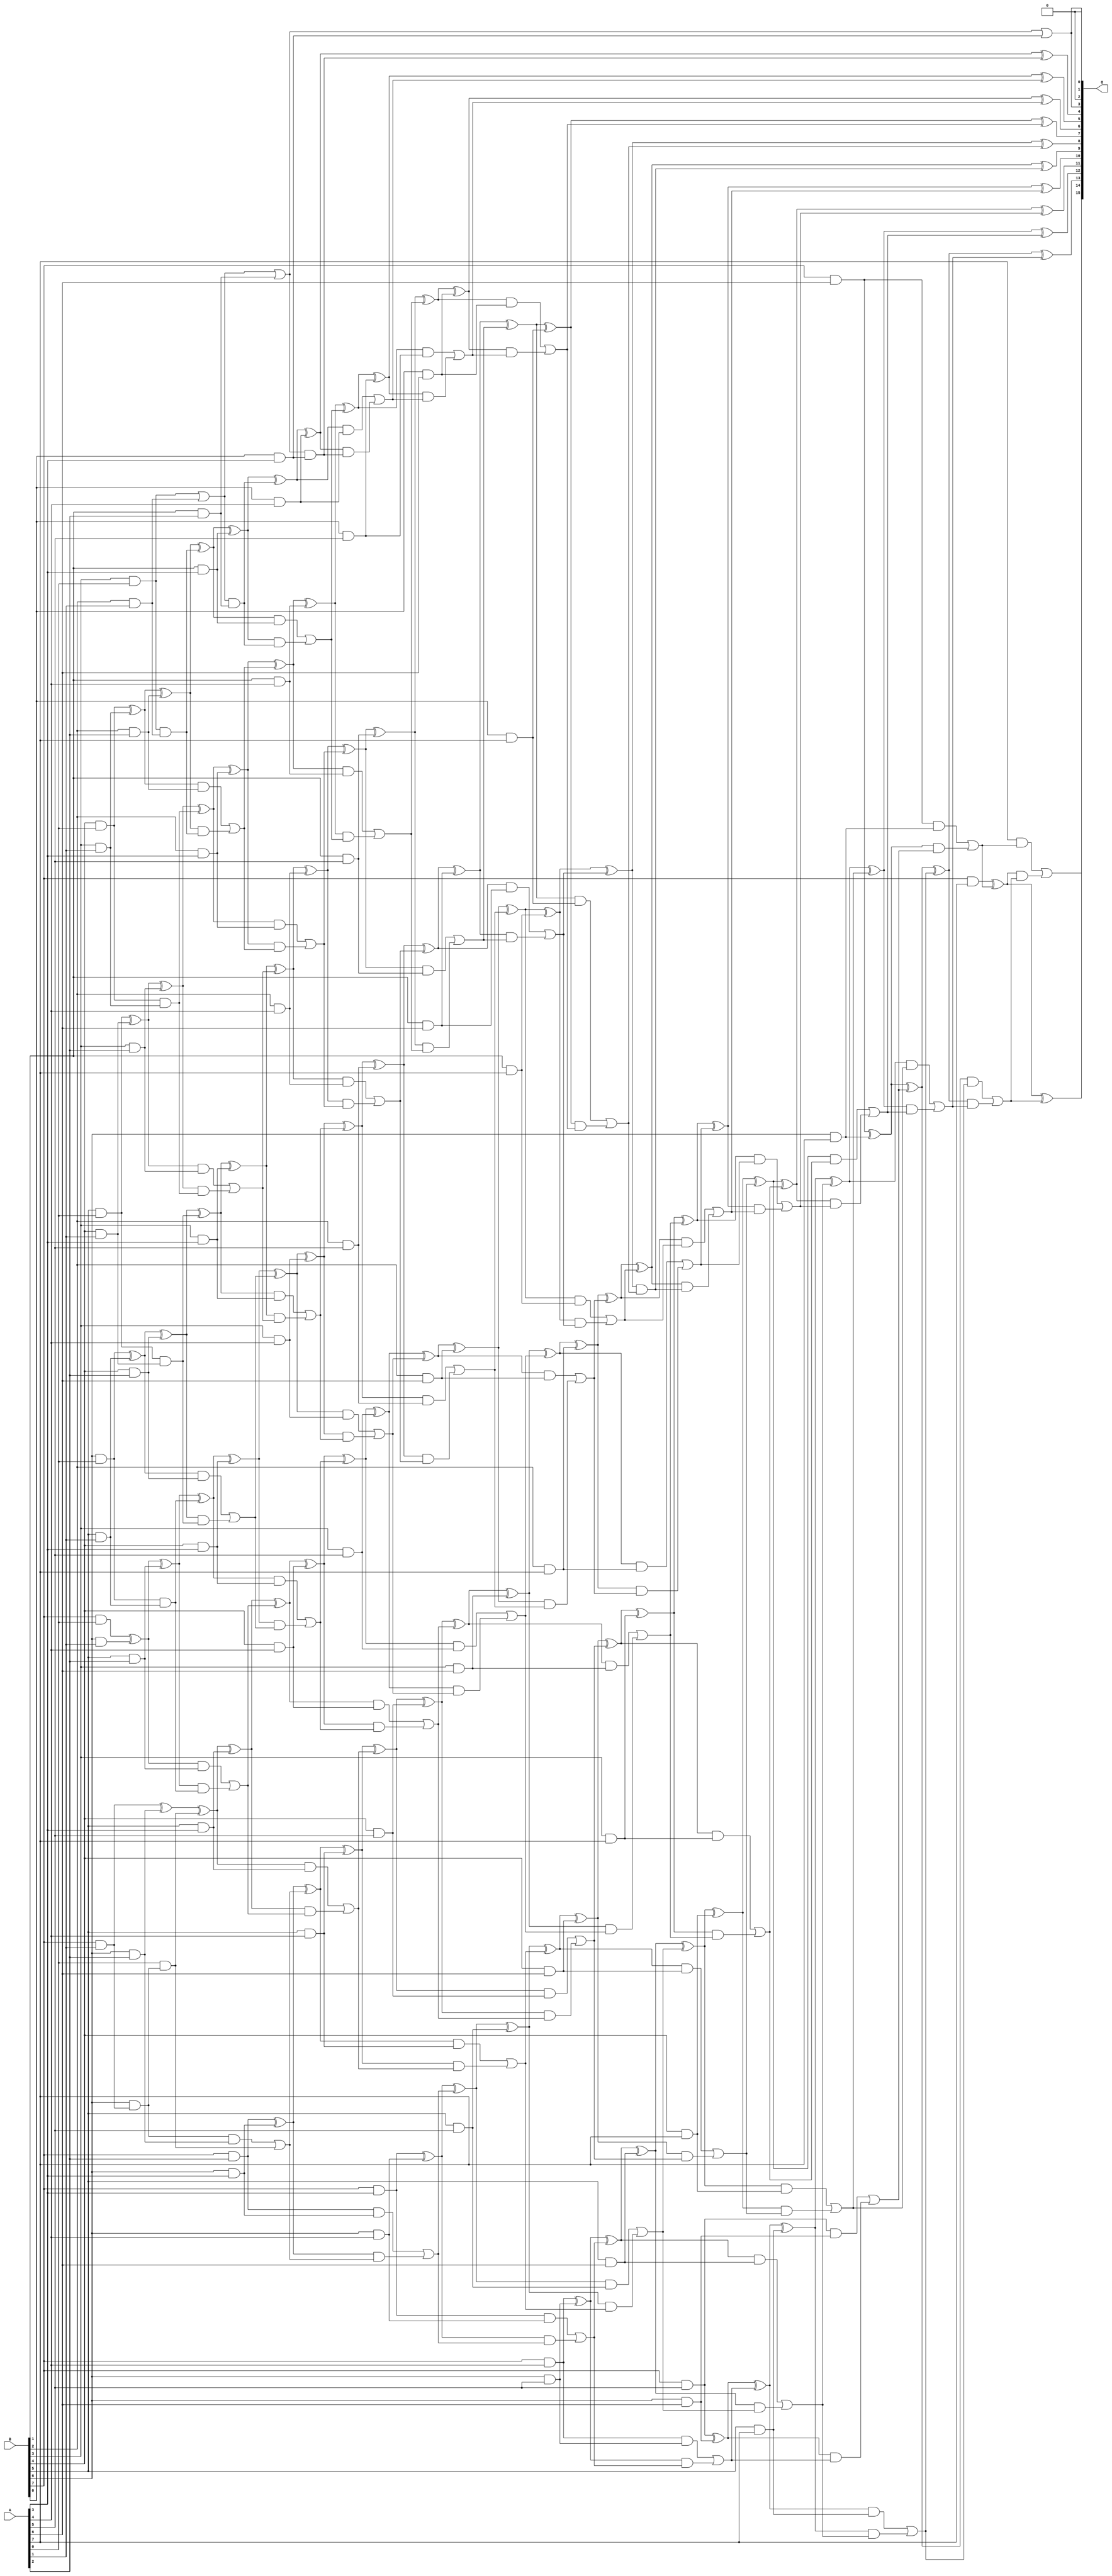
/***
* This code is a part of EvoApproxLib library (ehw.fit.vutbr.cz/approxlib) distributed under The MIT License.
* When used, please cite the following article(s): V. Mrazek, R. Hrbacek, Z. Vasicek and L. Sekanina, "EvoApprox8b: Library of approximate adders and multipliers for circuit design and benchmarking of approximation methods". Design, Automation & Test in Europe Conference & Exhibition (DATE), 2017, Lausanne, 2017, pp. 258-261. doi: 10.23919/DATE.2017.7926993 
* This file contains a circuit from a sub-set of pareto optimal circuits with respect to the pwr and mse parameters
***/
// MAE% = 0.0046 %
// MAE = 3.0 
// WCE% = 0.017 %
// WCE = 11 
// WCRE% = 100.00 %
// EP% = 75.00 %
// MRE% = 0.18 %
// MSE = 17 
// PDK45_PWR = 0.370 mW
// PDK45_AREA = 637.8 um2
// PDK45_DELAY = 1.40 ns

module mul8u_KEM (
    A,
    B,
    O
);

input [7:0] A;
input [7:0] B;
output [15:0] O;

wire sig_19,sig_20,sig_21,sig_22,sig_23,sig_26,sig_27,sig_28,sig_29,sig_30,sig_31,sig_35,sig_36,sig_37,sig_38,sig_39,sig_40,sig_41,sig_42,sig_43;
wire sig_44,sig_45,sig_47,sig_48,sig_49,sig_50,sig_51,sig_52,sig_53,sig_59,sig_60,sig_64,sig_65,sig_66,sig_67,sig_68,sig_69,sig_70,sig_71,sig_72;
wire sig_73,sig_74,sig_75,sig_76,sig_77,sig_78,sig_79,sig_80,sig_81,sig_82,sig_83,sig_84,sig_85,sig_87,sig_88,sig_89,sig_90,sig_91,sig_92,sig_93;
wire sig_94,sig_95,sig_96,sig_97,sig_98,sig_102,sig_103,sig_104,sig_105,sig_106,sig_107,sig_108,sig_109,sig_110,sig_111,sig_112,sig_113,sig_114,sig_115,sig_116;
wire sig_117,sig_118,sig_119,sig_120,sig_121,sig_122,sig_123,sig_124,sig_125,sig_126,sig_127,sig_128,sig_129,sig_130,sig_131,sig_132,sig_133,sig_134,sig_135,sig_136;
wire sig_137,sig_138,sig_139,sig_140,sig_141,sig_142,sig_143,sig_144,sig_145,sig_146,sig_147,sig_148,sig_149,sig_150,sig_151,sig_152,sig_153,sig_154,sig_155,sig_156;
wire sig_157,sig_158,sig_159,sig_160,sig_161,sig_162,sig_163,sig_164,sig_165,sig_166,sig_167,sig_168,sig_169,sig_170,sig_171,sig_172,sig_173,sig_174,sig_175,sig_176;
wire sig_177,sig_178,sig_179,sig_180,sig_181,sig_182,sig_183,sig_184,sig_185,sig_186,sig_187,sig_188,sig_189,sig_190,sig_191,sig_192,sig_193,sig_194,sig_195,sig_196;
wire sig_197,sig_198,sig_199,sig_200,sig_201,sig_202,sig_203,sig_204,sig_205,sig_206,sig_207,sig_208,sig_209,sig_210,sig_211,sig_212,sig_213,sig_214,sig_215,sig_216;
wire sig_217,sig_218,sig_219,sig_220,sig_221,sig_222,sig_223,sig_224,sig_225,sig_226,sig_227,sig_228,sig_229,sig_230,sig_231,sig_232,sig_233,sig_234,sig_235,sig_236;
wire sig_237,sig_238,sig_239,sig_240,sig_241,sig_242,sig_243,sig_244,sig_245,sig_246,sig_247,sig_248,sig_249,sig_250,sig_251,sig_252,sig_253,sig_254,sig_255,sig_256;
wire sig_257,sig_258,sig_259,sig_260,sig_261,sig_262,sig_263,sig_264,sig_265,sig_266,sig_267,sig_268,sig_269,sig_270,sig_271,sig_272,sig_273,sig_274,sig_275,sig_276;
wire sig_277,sig_278,sig_279,sig_280,sig_281,sig_282,sig_283,sig_284,sig_285,sig_286,sig_287,sig_288,sig_289,sig_290,sig_291,sig_292,sig_293,sig_294,sig_295,sig_296;
wire sig_297,sig_298,sig_299,sig_300,sig_301,sig_302,sig_303,sig_304,sig_305,sig_306,sig_307,sig_308,sig_309,sig_310,sig_311,sig_312,sig_313,sig_314,sig_315,sig_316;
wire sig_317,sig_318,sig_319,sig_320,sig_321,sig_322,sig_323,sig_324,sig_325,sig_326,sig_327,sig_328,sig_329,sig_330,sig_331,sig_332,sig_333,sig_334,sig_335;

assign sig_19 = B[3] & A[0];
assign sig_20 = B[4] & A[0];
assign sig_21 = B[5] & A[0];
assign sig_22 = B[6] & A[0];
assign sig_23 = B[7] & A[0];
assign sig_26 = B[2] & A[1];
assign sig_27 = B[3] & A[1];
assign sig_28 = B[4] & A[1];
assign sig_29 = B[5] & A[1];
assign sig_30 = B[6] & A[1];
assign sig_31 = B[7] & A[1];
assign sig_35 = B[6] & sig_31;
assign sig_36 = sig_19 | sig_26;
assign sig_37 = sig_19 & sig_26;
assign sig_38 = sig_20 ^ sig_27;
assign sig_39 = sig_20 & sig_27;
assign sig_40 = sig_21 ^ sig_28;
assign sig_41 = sig_21 & sig_28;
assign sig_42 = sig_22 ^ sig_29;
assign sig_43 = sig_22 & sig_29;
assign sig_44 = sig_23 ^ sig_30;
assign sig_45 = A[0] & sig_35;
assign sig_47 = B[1] & A[2];
assign sig_48 = B[2] & A[2];
assign sig_49 = B[3] & A[2];
assign sig_50 = B[4] & A[2];
assign sig_51 = B[5] & A[2];
assign sig_52 = B[6] & A[2];
assign sig_53 = B[7] & A[2];
assign sig_59 = sig_36 | sig_47;
assign sig_60 = sig_36 & sig_47;
assign sig_64 = sig_38 ^ sig_48;
assign sig_65 = sig_38 & sig_48;
assign sig_66 = sig_64 & sig_37;
assign sig_67 = sig_64 ^ sig_37;
assign sig_68 = sig_65 | sig_66;
assign sig_69 = sig_40 ^ sig_49;
assign sig_70 = sig_40 & sig_49;
assign sig_71 = sig_69 & sig_39;
assign sig_72 = sig_69 ^ sig_39;
assign sig_73 = sig_70 | sig_71;
assign sig_74 = sig_42 ^ sig_50;
assign sig_75 = sig_42 & sig_50;
assign sig_76 = sig_74 & sig_41;
assign sig_77 = sig_74 ^ sig_41;
assign sig_78 = sig_75 | sig_76;
assign sig_79 = sig_44 ^ sig_51;
assign sig_80 = sig_44 & sig_51;
assign sig_81 = sig_79 & sig_43;
assign sig_82 = sig_79 ^ sig_43;
assign sig_83 = sig_80 | sig_81;
assign sig_84 = sig_31 ^ sig_52;
assign sig_85 = sig_35 & sig_52;
assign sig_87 = sig_84 ^ sig_45;
assign sig_88 = sig_85 | sig_45;
assign sig_89 = B[0] & A[3];
assign sig_90 = B[1] & A[3];
assign sig_91 = B[2] & A[3];
assign sig_92 = B[3] & A[3];
assign sig_93 = B[4] & A[3];
assign sig_94 = B[5] & A[3];
assign sig_95 = B[6] & A[3];
assign sig_96 = B[7] & A[3];
assign sig_97 = sig_59 | sig_89;
assign sig_98 = sig_59 & sig_89;
assign sig_102 = sig_67 ^ sig_90;
assign sig_103 = sig_67 & sig_90;
assign sig_104 = sig_102 & sig_60;
assign sig_105 = sig_102 ^ sig_60;
assign sig_106 = sig_103 | sig_104;
assign sig_107 = sig_72 ^ sig_91;
assign sig_108 = sig_72 & sig_91;
assign sig_109 = sig_107 & sig_68;
assign sig_110 = sig_107 ^ sig_68;
assign sig_111 = sig_108 | sig_109;
assign sig_112 = sig_77 ^ sig_92;
assign sig_113 = sig_77 & sig_92;
assign sig_114 = sig_112 & sig_73;
assign sig_115 = sig_112 ^ sig_73;
assign sig_116 = sig_113 | sig_114;
assign sig_117 = sig_82 ^ sig_93;
assign sig_118 = sig_82 & sig_93;
assign sig_119 = sig_117 & sig_78;
assign sig_120 = sig_117 ^ sig_78;
assign sig_121 = sig_118 | sig_119;
assign sig_122 = sig_87 ^ sig_94;
assign sig_123 = sig_87 & sig_94;
assign sig_124 = sig_122 & sig_83;
assign sig_125 = sig_122 ^ sig_83;
assign sig_126 = sig_123 | sig_124;
assign sig_127 = sig_53 ^ sig_95;
assign sig_128 = sig_53 & sig_95;
assign sig_129 = sig_127 & sig_88;
assign sig_130 = sig_127 ^ sig_88;
assign sig_131 = sig_128 | sig_129;
assign sig_132 = B[0] & A[4];
assign sig_133 = B[1] & A[4];
assign sig_134 = B[2] & A[4];
assign sig_135 = B[3] & A[4];
assign sig_136 = B[4] & A[4];
assign sig_137 = B[5] & A[4];
assign sig_138 = B[6] & A[4];
assign sig_139 = B[7] & A[4];
assign sig_140 = sig_105 ^ sig_132;
assign sig_141 = sig_105 & sig_132;
assign sig_142 = sig_140 & sig_98;
assign sig_143 = sig_140 ^ sig_98;
assign sig_144 = sig_141 | sig_142;
assign sig_145 = sig_110 ^ sig_133;
assign sig_146 = sig_110 & sig_133;
assign sig_147 = sig_145 & sig_106;
assign sig_148 = sig_145 ^ sig_106;
assign sig_149 = sig_146 | sig_147;
assign sig_150 = sig_115 ^ sig_134;
assign sig_151 = sig_115 & sig_134;
assign sig_152 = sig_150 & sig_111;
assign sig_153 = sig_150 ^ sig_111;
assign sig_154 = sig_151 | sig_152;
assign sig_155 = sig_120 ^ sig_135;
assign sig_156 = sig_120 & sig_135;
assign sig_157 = sig_155 & sig_116;
assign sig_158 = sig_155 ^ sig_116;
assign sig_159 = sig_156 | sig_157;
assign sig_160 = sig_125 ^ sig_136;
assign sig_161 = sig_125 & sig_136;
assign sig_162 = sig_160 & sig_121;
assign sig_163 = sig_160 ^ sig_121;
assign sig_164 = sig_161 | sig_162;
assign sig_165 = sig_130 ^ sig_137;
assign sig_166 = sig_130 & sig_137;
assign sig_167 = sig_165 & sig_126;
assign sig_168 = sig_165 ^ sig_126;
assign sig_169 = sig_166 | sig_167;
assign sig_170 = sig_96 ^ sig_138;
assign sig_171 = sig_96 & sig_138;
assign sig_172 = sig_170 & sig_131;
assign sig_173 = sig_170 ^ sig_131;
assign sig_174 = sig_171 | sig_172;
assign sig_175 = B[0] & A[5];
assign sig_176 = B[1] & A[5];
assign sig_177 = B[2] & A[5];
assign sig_178 = B[3] & A[5];
assign sig_179 = B[4] & A[5];
assign sig_180 = B[5] & A[5];
assign sig_181 = B[6] & A[5];
assign sig_182 = B[7] & A[5];
assign sig_183 = sig_148 ^ sig_175;
assign sig_184 = sig_148 & sig_175;
assign sig_185 = sig_183 & sig_144;
assign sig_186 = sig_183 ^ sig_144;
assign sig_187 = sig_184 | sig_185;
assign sig_188 = sig_153 ^ sig_176;
assign sig_189 = sig_153 & sig_176;
assign sig_190 = sig_188 & sig_149;
assign sig_191 = sig_188 ^ sig_149;
assign sig_192 = sig_189 | sig_190;
assign sig_193 = sig_158 ^ sig_177;
assign sig_194 = sig_158 & sig_177;
assign sig_195 = sig_193 & sig_154;
assign sig_196 = sig_193 ^ sig_154;
assign sig_197 = sig_194 | sig_195;
assign sig_198 = sig_163 ^ sig_178;
assign sig_199 = sig_163 & sig_178;
assign sig_200 = sig_198 & sig_159;
assign sig_201 = sig_198 ^ sig_159;
assign sig_202 = sig_199 | sig_200;
assign sig_203 = sig_168 ^ sig_179;
assign sig_204 = sig_168 & sig_179;
assign sig_205 = sig_203 & sig_164;
assign sig_206 = sig_203 ^ sig_164;
assign sig_207 = sig_204 | sig_205;
assign sig_208 = sig_173 ^ sig_180;
assign sig_209 = sig_173 & sig_180;
assign sig_210 = sig_208 & sig_169;
assign sig_211 = sig_208 ^ sig_169;
assign sig_212 = sig_209 | sig_210;
assign sig_213 = sig_139 ^ sig_181;
assign sig_214 = sig_139 & sig_181;
assign sig_215 = sig_213 & sig_174;
assign sig_216 = sig_213 ^ sig_174;
assign sig_217 = sig_214 | sig_215;
assign sig_218 = B[0] & A[6];
assign sig_219 = B[1] & A[6];
assign sig_220 = B[2] & A[6];
assign sig_221 = B[3] & A[6];
assign sig_222 = B[4] & A[6];
assign sig_223 = B[5] & A[6];
assign sig_224 = B[6] & A[6];
assign sig_225 = B[7] & A[6];
assign sig_226 = sig_191 ^ sig_218;
assign sig_227 = sig_191 & sig_218;
assign sig_228 = sig_226 & sig_187;
assign sig_229 = sig_226 ^ sig_187;
assign sig_230 = sig_227 | sig_228;
assign sig_231 = sig_196 ^ sig_219;
assign sig_232 = sig_196 & sig_219;
assign sig_233 = sig_231 & sig_192;
assign sig_234 = sig_231 ^ sig_192;
assign sig_235 = sig_232 | sig_233;
assign sig_236 = sig_201 ^ sig_220;
assign sig_237 = sig_201 & sig_220;
assign sig_238 = sig_236 & sig_197;
assign sig_239 = sig_236 ^ sig_197;
assign sig_240 = sig_237 | sig_238;
assign sig_241 = sig_206 ^ sig_221;
assign sig_242 = sig_206 & sig_221;
assign sig_243 = sig_241 & sig_202;
assign sig_244 = sig_241 ^ sig_202;
assign sig_245 = sig_242 | sig_243;
assign sig_246 = sig_211 ^ sig_222;
assign sig_247 = sig_211 & sig_222;
assign sig_248 = sig_246 & sig_207;
assign sig_249 = sig_246 ^ sig_207;
assign sig_250 = sig_247 | sig_248;
assign sig_251 = sig_216 ^ sig_223;
assign sig_252 = sig_216 & sig_223;
assign sig_253 = sig_251 & sig_212;
assign sig_254 = sig_251 ^ sig_212;
assign sig_255 = sig_252 | sig_253;
assign sig_256 = sig_182 ^ sig_224;
assign sig_257 = sig_182 & sig_224;
assign sig_258 = sig_256 & sig_217;
assign sig_259 = sig_256 ^ sig_217;
assign sig_260 = sig_257 | sig_258;
assign sig_261 = B[0] & A[7];
assign sig_262 = B[1] & A[7];
assign sig_263 = B[2] & A[7];
assign sig_264 = B[3] & A[7];
assign sig_265 = B[4] & A[7];
assign sig_266 = B[5] & A[7];
assign sig_267 = B[6] & A[7];
assign sig_268 = B[7] & A[7];
assign sig_269 = sig_234 ^ sig_261;
assign sig_270 = sig_234 & sig_261;
assign sig_271 = sig_269 & sig_230;
assign sig_272 = sig_269 ^ sig_230;
assign sig_273 = sig_270 | sig_271;
assign sig_274 = sig_239 ^ sig_262;
assign sig_275 = sig_239 & sig_262;
assign sig_276 = sig_274 & sig_235;
assign sig_277 = sig_274 ^ sig_235;
assign sig_278 = sig_275 | sig_276;
assign sig_279 = sig_244 ^ sig_263;
assign sig_280 = sig_244 & sig_263;
assign sig_281 = sig_279 & sig_240;
assign sig_282 = sig_279 ^ sig_240;
assign sig_283 = sig_280 | sig_281;
assign sig_284 = sig_249 ^ sig_264;
assign sig_285 = sig_249 & sig_264;
assign sig_286 = sig_284 & sig_245;
assign sig_287 = sig_284 ^ sig_245;
assign sig_288 = sig_285 | sig_286;
assign sig_289 = sig_254 ^ sig_265;
assign sig_290 = sig_254 & sig_265;
assign sig_291 = sig_289 & sig_250;
assign sig_292 = sig_289 ^ sig_250;
assign sig_293 = sig_290 | sig_291;
assign sig_294 = sig_259 ^ sig_266;
assign sig_295 = sig_259 & sig_266;
assign sig_296 = sig_294 & sig_255;
assign sig_297 = sig_294 ^ sig_255;
assign sig_298 = sig_295 | sig_296;
assign sig_299 = sig_225 ^ sig_267;
assign sig_300 = sig_225 & sig_267;
assign sig_301 = sig_299 & sig_260;
assign sig_302 = sig_299 ^ sig_260;
assign sig_303 = sig_300 | sig_301;
assign sig_304 = sig_277 ^ sig_273;
assign sig_305 = sig_277 & sig_273;
assign sig_306 = sig_282 ^ sig_278;
assign sig_307 = sig_282 & sig_278;
assign sig_308 = sig_306 & sig_305;
assign sig_309 = sig_306 ^ sig_305;
assign sig_310 = sig_307 | sig_308;
assign sig_311 = sig_287 ^ sig_283;
assign sig_312 = sig_287 & sig_283;
assign sig_313 = sig_311 & sig_310;
assign sig_314 = sig_311 ^ sig_310;
assign sig_315 = sig_312 | sig_313;
assign sig_316 = sig_292 ^ sig_288;
assign sig_317 = sig_292 & sig_288;
assign sig_318 = sig_316 & sig_315;
assign sig_319 = sig_316 ^ sig_315;
assign sig_320 = sig_317 | sig_318;
assign sig_321 = sig_297 ^ sig_293;
assign sig_322 = sig_297 & sig_293;
assign sig_323 = sig_321 & sig_320;
assign sig_324 = sig_321 ^ sig_320;
assign sig_325 = sig_322 | sig_323;
assign sig_326 = sig_302 ^ sig_298;
assign sig_327 = sig_302 & sig_298;
assign sig_328 = sig_326 & sig_325;
assign sig_329 = sig_326 ^ sig_325;
assign sig_330 = sig_327 | sig_328;
assign sig_331 = sig_268 ^ sig_303;
assign sig_332 = A[7] & sig_303;
assign sig_333 = sig_331 & sig_330;
assign sig_334 = sig_331 ^ sig_330;
assign sig_335 = sig_332 | sig_333;

assign O[15] = sig_335;
assign O[14] = sig_334;
assign O[13] = sig_329;
assign O[12] = sig_324;
assign O[11] = sig_319;
assign O[10] = sig_314;
assign O[9] = sig_309;
assign O[8] = sig_304;
assign O[7] = sig_272;
assign O[6] = sig_229;
assign O[5] = sig_186;
assign O[4] = sig_143;
assign O[3] = sig_97;
assign O[2] = 1'b0;
assign O[1] = sig_97;
assign O[0] = 1'b0;

endmodule